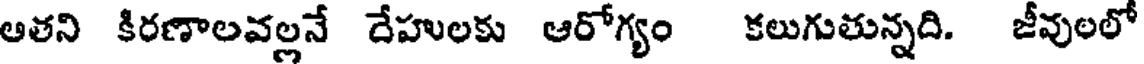
అతని కిరణాలవల్లనే దేహులకు ఆరోగ్యం కలుగుతున్నది. జీవులలో